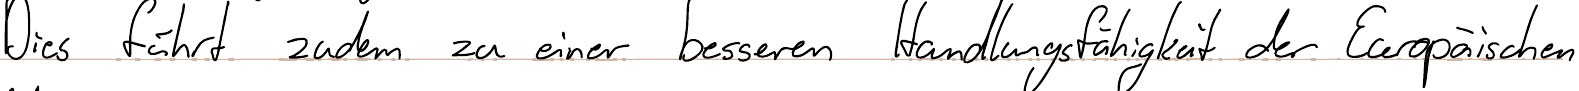
Die führt zudem zu einer besseren Handlungsfähigkeit der Europäischen